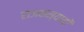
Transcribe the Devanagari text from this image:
राजकन्यायों